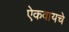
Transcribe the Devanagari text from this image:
ऐकवायचे